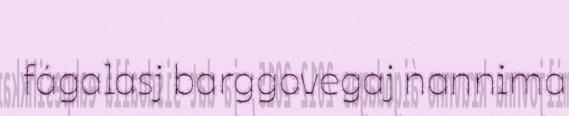
fágalasj barggovegaj nannima